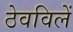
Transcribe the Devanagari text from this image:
ठेवविलें